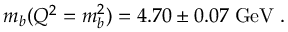
m _ { b } ( Q ^ { 2 } = m _ { b } ^ { 2 } ) = 4 . 7 0 \pm 0 . 0 7 \; \mathrm { \mathrm { \mathrm { G e V } } } \; .